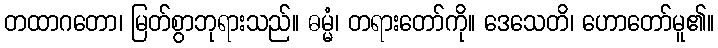
တထာဂတော၊ မြတ်စွာဘုရားသည်။ ဓမ္မံ၊ တရားတော်ကို။ ဒေသေတိ၊ ဟောတော်မူ၏။